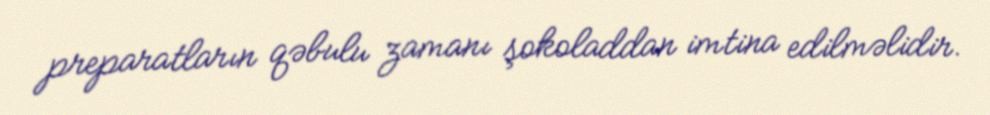
preparatların qəbulu zamanı şokoladdan imtina edilməlidir.